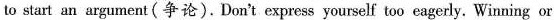
to start an argument (争论). Don't express yourself too eagerly. Winning or